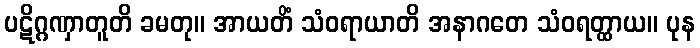
ပဋိဂ္ဂဏှာတူတိ ခမတု။ အာယတိံ သံဝရာယာတိ အနာဂတေ သံဝရတ္ထာယ။ ပုန